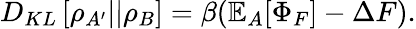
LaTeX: D_{KL}\left[\rho_{A^{\prime}}||\rho_{B}\right]=\beta(\mathbb{E}_{A}[\Phi_{F}]-\Delta F).